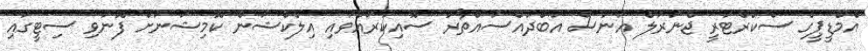
އެމްޑީޕީގެ ސެކްރެޓަރީ ޖެނަރަލް އަނަސް އަބްދުއްސައްތާރު ސޮއިކުރައްވައި އިލެކްޝަން ކޮމިޝަނަށް ފޮނުވި ސިޓީގައި